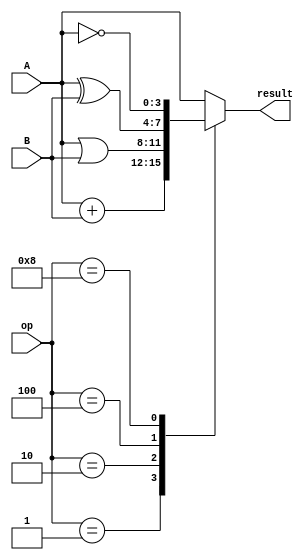
module ALU #(
    parameter ADD = 4'b0001,
    parameter OR = 4'b0010,
    parameter XOR = 4'b0100,
    parameter NOT = 4'b1000
) (
    input wire [3:0] A, B, op,
    output reg [3:0] result
);
    always @(A, B, op) begin
        case (op)
            ADD: result = A + B;
            OR:  result = A | B;
            XOR: result = A ^ B;
            NOT: result = ~A;
            default: result = A;
        endcase
    end
endmodule